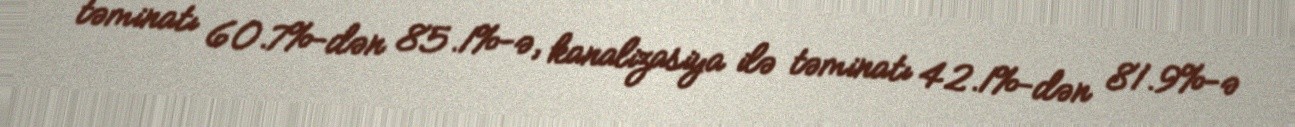
təminatı 60.7%-dən 85.1%-ə, kanalizasiya ilə təminatı 42.1%-dən 81.9%-ə